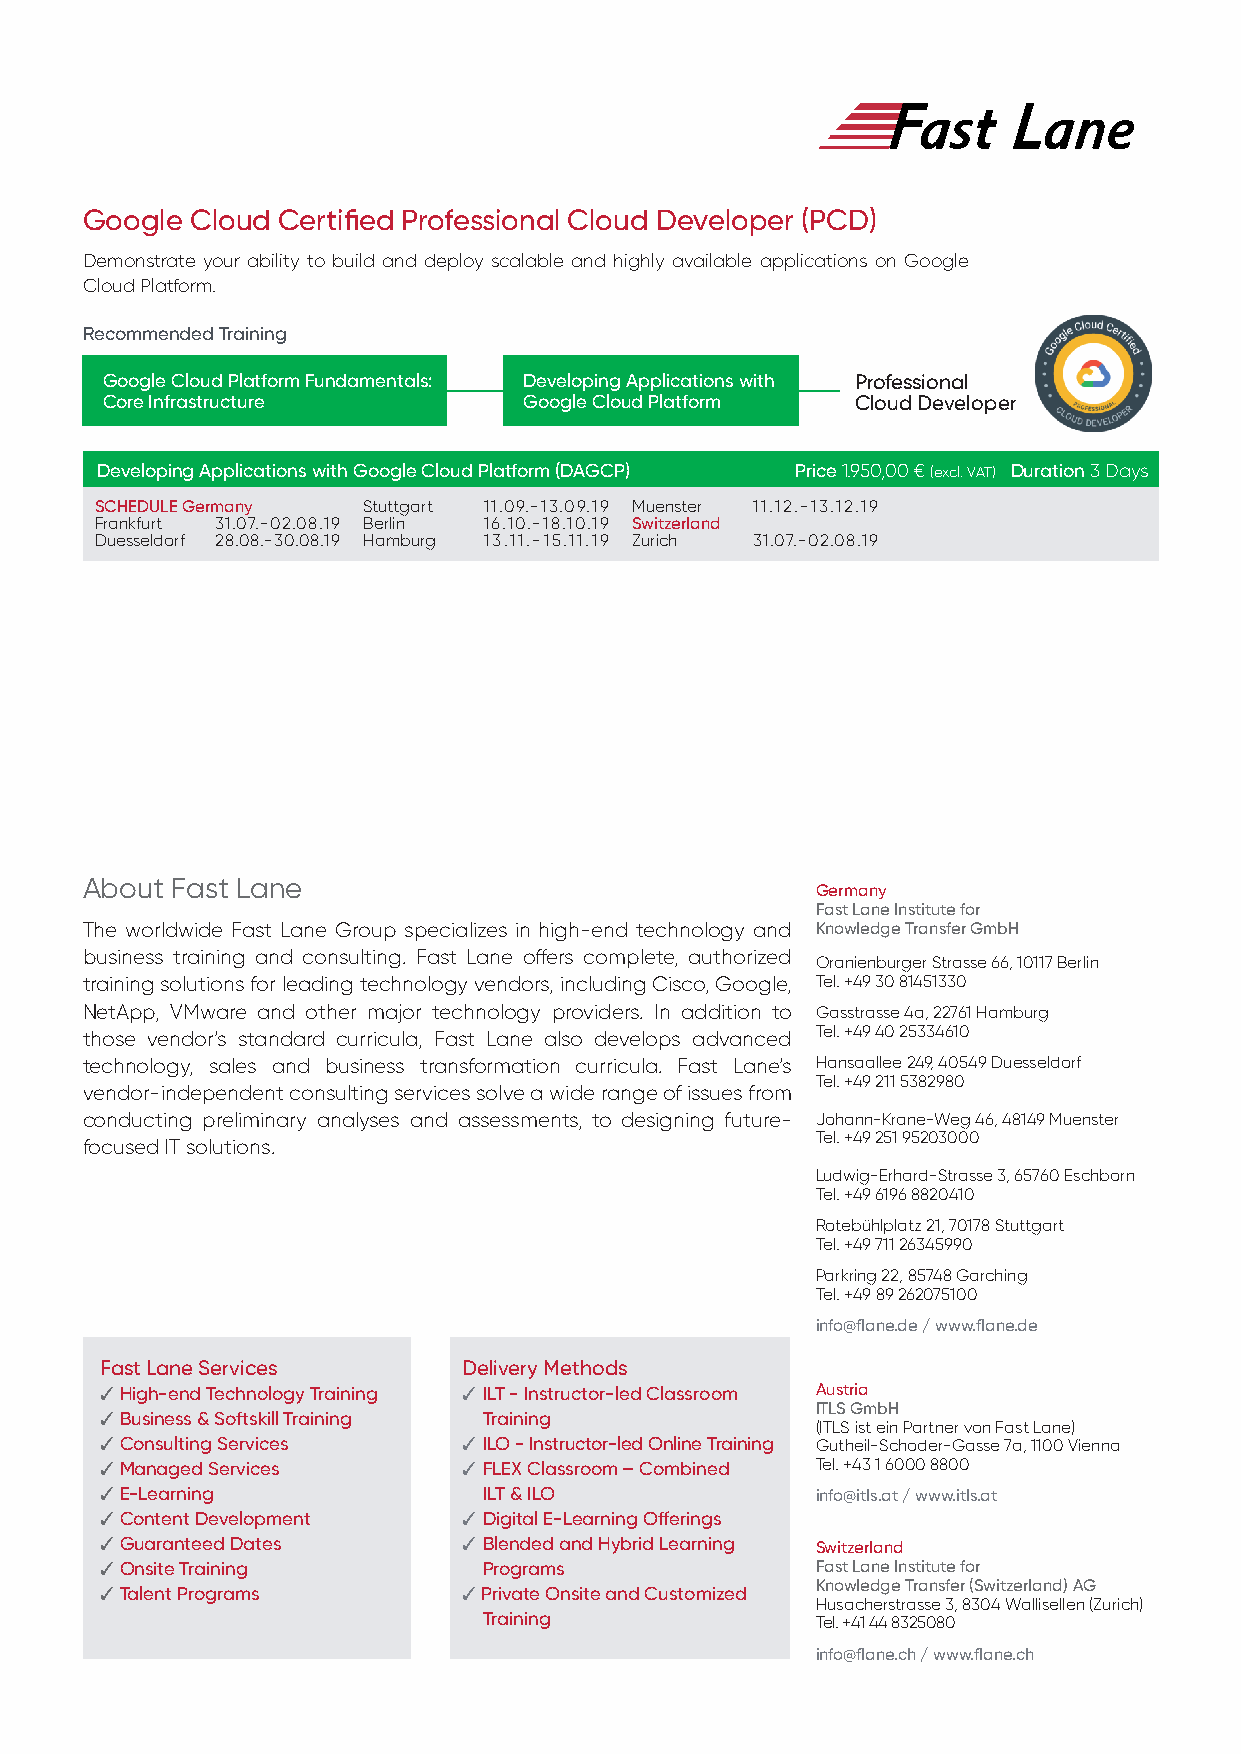
Google  Cloud Certified Professional Cloud Developer (PCD)
 Demonstrate your ability to build and deploy scalable and highly available applications on Google
 Cloud Platform.
 Recommended Training
 Google Cloud Platform Fundamentals: Developing Applications with Professional
 Core Infrastructure         Google Cloud Platform Cloud Developer
 Developing Applications with Google Cloud Platform (DAGCP) Price 1.950,00 € (excl. VAT) Duration 3 Days
 SCHEDULE Germany  Stuttgart 11.09.-13.09.19 Muenster 11.12.-13.12.19
 Frankfurt 31.07.-02.08.19 Berlin 16.10.-18.10.19 Switzerland
 Duesseldorf 28.08.-30.08.19 Hamburg 13.11.-15.11.19 Zurich 31.07.-02.08.19
 About Fast Lane
 Germany
 Fast Lane Institute for
 The worldwide Fast Lane Group specializes in high-end technology and Knowledge Transfer GmbH
 business training and consulting. Fast Lane offers complete, authorized
 Oranienburger Strasse 66, 10117 Berlin
 training solutions for leading technology vendors, including Cisco, Google, Tel. +49 30 81451330
 NetApp, VMware and other major technology providers. In addition to Gasstrasse 4a, 22761 Hamburg
 those vendor’s standard curricula, Fast Lane also develops advanced Tel. +49 40 25334610
 technology, sales and business transformation curricula. Fast Lane’s Hansaallee 249, 40549 Duesseldorf
 Tel. +49 211 5382980
 vendor-independent consulting services solve a wide range of issues from
 conducting preliminary analyses and assessments, to designing future- Johann-Krane-Weg 46, 48149 Muenster
 Tel. +49 251 95203000
 focused IT solutions.
 Ludwig-Erhard-Strasse 3, 65760 Eschborn
 Tel. +49 6196 8820410
 Rotebühlplatz 21, 70178 Stuttgart
 Tel. +49 711 26345990
 Parkring 22, 85748 Garching
 Tel. +49 89 262075100
 info@flane.de / www.flane.de
 Fast Lane Services      Delivery Methods
 3 High-end Technology Training 3 I LT - Instructor-led Classroom Austria
 ITLS GmbH
 3 Business & Softskill Training Training
 (ITLS ist ein Partner von Fast Lane)
 3 Consulting Services   3 I LO - Instructor-led Online Training Gutheil-Schoder-Gasse 7a, 1100 Vienna
 3 Managed Services      3 F LEX Classroom – Combined Tel. +43 1 6000 8800
 3 E-Learning             I LT & ILO            info@itls.at / www.itls.at
 3 Content Development   3 D igital E-Learning Offerings
 3 Guaranteed Dates      3 B lended and Hybrid Learning Switzerland
 3 Onsite Training        Programs              Fast Lane Institute for
 3 Talent Programs       3 Private Onsite and Customized Knowledge Transfer (Switzerland) AG
 Husacherstrasse 3, 8304 Wallisellen (Zurich)
 Training              Tel. +41 44 8325080
 info@flane.ch / www.flane.ch